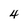
Character: 4